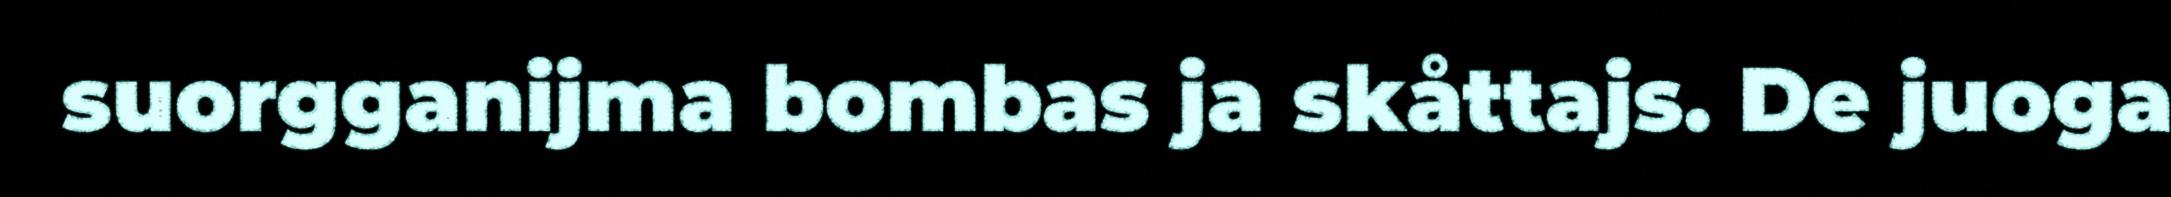
suorgganijma bombas ja skåttajs. De juoga